Leaving Certificate Examination, 1912
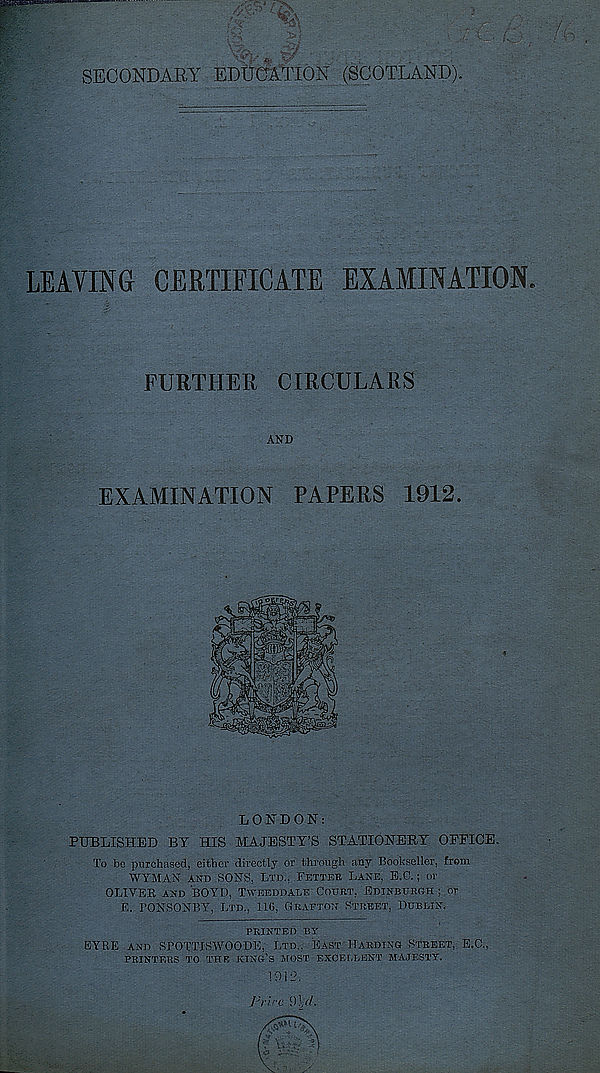
SECONDARY EDUCATION (SCOTLAND).
LEAVING CERTIFICATE EXAMINATION.
FURTHER CIRCULARS
AND
EXAMINATION PAPERS 1912.
LONDON:
PUBLISHED BY HIS MAJESTY’S STATIONERY OFFICE,
To be purchased, either directly or through any Bookseller, from
WYMAN AND SONS, LTD., FETTEK LANE, E.O.; or
OLIVES AND BOYD, TVEEDDALE COURT, EDINBURGH : or
E. PONSONBY, LTD., 110, GRAFTON STREET, DUBLIN.
PRINTED BY
EYRE AND SPOTTISWOODK. LTD., EAST HARDING STREET, E.C.,
PRINTERS TO THE KING’S MOST EXCELLENT MAJESTY.
10} O,
Frirc 9If/.